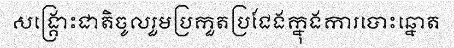
សង្គ្រោះជាតិចូលរួមប្រកួតប្រជែងក្នុងការបោះឆ្នោត